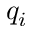
q _ { i }